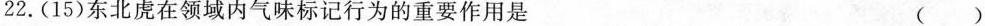
22.(15)东北虏在领域内气味标记行为的重要作用是 ()